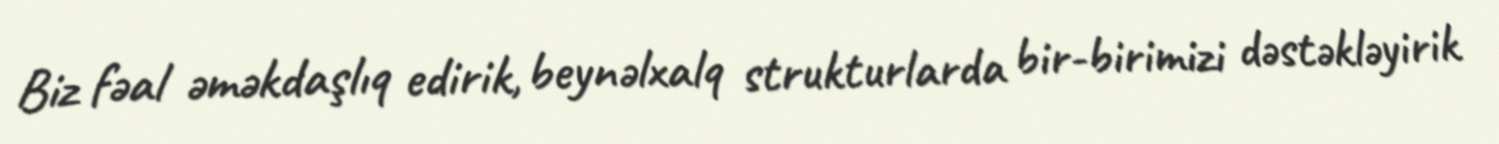
Biz fəal əməkdaşlıq edirik, beynəlxalq strukturlarda bir-birimizi dəstəkləyirik